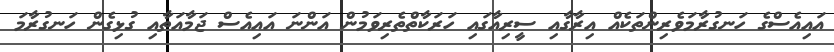
އައިއެސްގެ ހަނގުރާމަވެރިންތަކެއް އިރާގާއި ސީރިއާގައި ހަރަކާތްތެރިވަމުން އަންނަ އައިއެސް ޖަމާއަތާއި ގުޅިގެން ހަނގުރާމަ